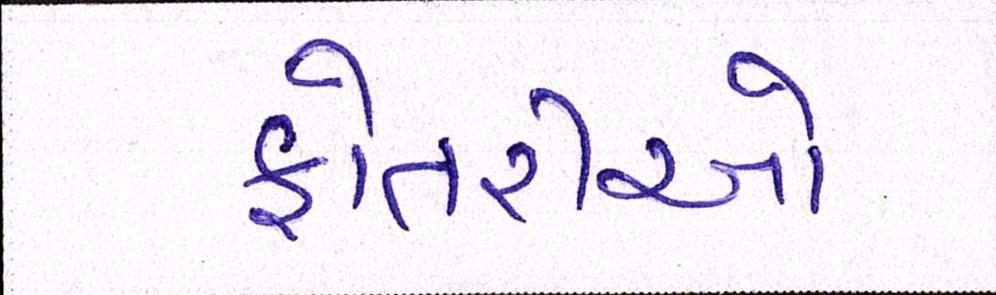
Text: ફોતરીઓ